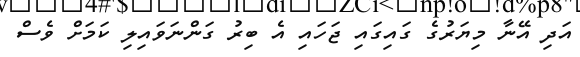
އަދި އޭނާ މިޔަރުގެ ގައިގައި ޖަހައި އެ ބިރު ގަންނަވައިލި ކަމަށް ވެސް